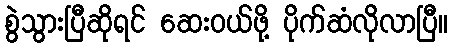
စွဲသွားပြီဆိုရင် ဆေးဝယ်ဖို့ ပိုက်ဆံလိုလာပြီ။